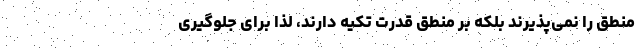
منطق را نمی‌پذیرند بلکه بر منطق قدرت تکیه دارند، لذا برای جلوگیری